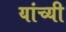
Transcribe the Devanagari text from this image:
यांच्यी